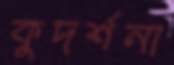
কুদর্শনা